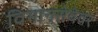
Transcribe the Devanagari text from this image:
विमानसेवेवर